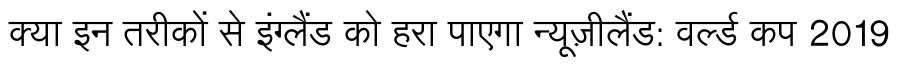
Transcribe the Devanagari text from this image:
क्या इन तरीकों से इंग्लैंड को हरा पाएगा न्यूज़ीलैंड: वर्ल्ड कप 2019